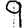
Digit: 9